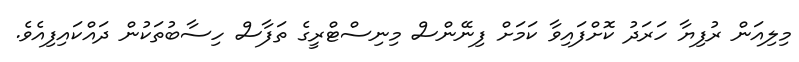
މިލިއަން ރުފިޔާ ހަރަދު ކޮށްފައިވާ ކަމަށް ފިނޭންސް މިނިސްޓްރީގެ ތަފާސް ހިސާބުތަކުން ދައްކައިފިއެވެ.